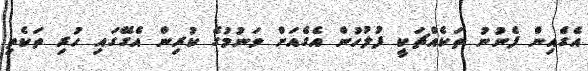
އެގެއިން ފެނުނު ތަކެއްޗަކީ ފުލުހުން އެގެއަށް ވަނުމުގެ ކުރިން އެގޭގައި ހުރި ތަކެތި